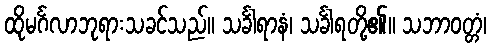
ထိုမင်္ဂလာဘုရားသခင်သည်။ သင်္ခါရာနံ၊ သင်္ခါရတို့၏။ သဘာဝတ္တံ၊